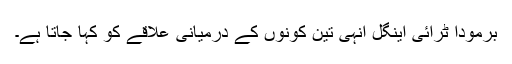
برمودا ٹرائی اینگل انہی تین کونوں کے درمیانی علاقے کو کہا جاتا ہے۔